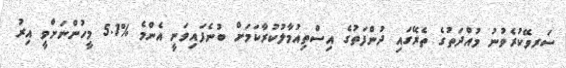
ސަރވޭކުރެވުނު މުއްދަތުގެ ތެރޭގައި ދުންފަތުގެ އިސްތިއުމާލުކުރާކަމަށް ބުނެފައިވަނީ އެންމެ %5.1 މީހުންނަށްވީ އިރު